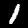
Label: 1